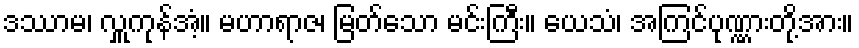
ဒဿာမ၊ လှူကုန်အံ့။ မဟာရာဇ၊ မြတ်သော မင်းကြီး။ ယေသံ၊ အကြင်ပုဏ္ဏားတို့အား။